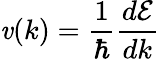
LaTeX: \mathit{v}(k)={\frac{{1}}{{\hbar}}}{\frac{{d{\mathcal{{E}}}}}{{dk}}}